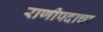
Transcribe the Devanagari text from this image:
राणीपदाचा